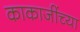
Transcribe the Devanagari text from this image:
काकाजींच्या